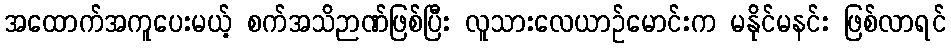
အထောက်အကူပေးမယ့် စက်အသိဉာဏ်ဖြစ်ပြီး လူသားလေယာဉ်မောင်းက မနိုင်မနင်း ဖြစ်လာရင်